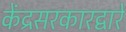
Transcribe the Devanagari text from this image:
केंद्रसरकारद्वारे